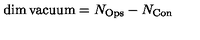
\dim \mathrm { v a c u u m } = N _ { \mathrm { O p s } } - N _ { \mathrm { C o n } }